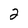
Character: 2